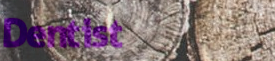
Dentist